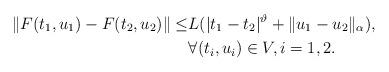
LaTeX: \begin{align*}\|F(t_1,u_1)-F(t_2,u_2)\|\leq &L(|t_1 -t_2|^{\vartheta}+\|u_1-u_2\|_{\alpha}),\\& \forall (t_i,u_i)\in V,i=1,2.\end{align*}